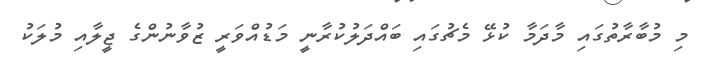
މި މުބާރާތުގައި މާދަމާ ކުޅޭ މެޗުގައި ބައްދަލުކުރާނީ މަޑުއްވަރީ ޒުވާނުންގެ ޖީލާއި މުލަކު